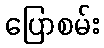
ပြောစမ်း